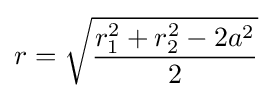
r={\sqrt {\frac {r_{1}^{2}+r_{2}^{2}-2a^{2}}{2}}}